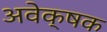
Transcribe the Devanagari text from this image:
अवेक्षक